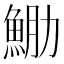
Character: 𩶵